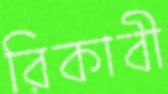
রিকাবী